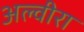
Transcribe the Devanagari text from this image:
अल्वीरा